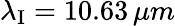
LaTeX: \lambda_{\mathrm{I}}=10.63\, \mu m